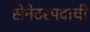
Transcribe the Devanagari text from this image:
सेनेटरपदाची